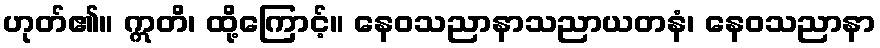
ဟုတ်၏။ ဣတိ၊ ထို့ကြောင့်။ နေဝသညာနာသညာယတနံ၊ နေဝသညာနာ